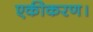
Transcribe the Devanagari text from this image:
एकीकरण।